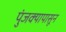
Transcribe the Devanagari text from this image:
पुंजक्यापासून